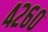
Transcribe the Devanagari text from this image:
४२६०